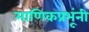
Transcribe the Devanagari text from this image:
माणिकप्रभूंनी